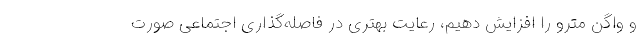
و واگن مترو را افزایش دهیم، رعایت بهتری در فاصله‌گذاری اجتماعی صورت